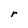
Character: r